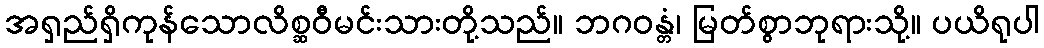
အရှည်ရှိကုန်သောလိစ္ဆဝီမင်းသားတို့သည်။ ဘဂဝန္တံ၊ မြတ်စွာဘုရားသို့။ ပယိရုပါ